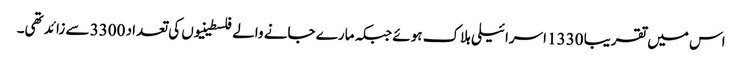
اس میں تقریبا 1330 اسرائیلی ہلاک ہوئے جبکہ مارے جانے والے فلسطینیوں کی تعداد 3300 سے زائد تھی۔